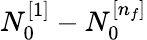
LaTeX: N_{0}^{[1]}-N_{0}^{[n_{f}]}